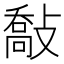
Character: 敽